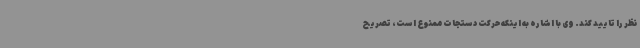
نظر را تایید کند. وی با اشاره به اینکه حرکت دستجات ممنوع است، تصریح